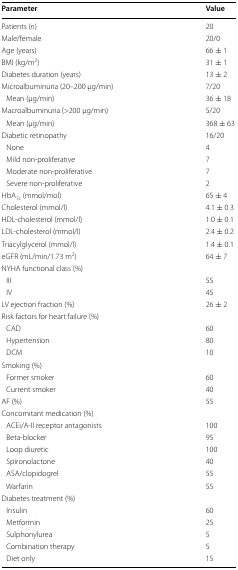
<table><thead><tr><td><b>Parameter</b></td><td><b>Value</b></td></tr></thead><tbody><tr><td>Patients (<i>n</i>)</td><td>20</td></tr><tr><td>Male/female</td><td>20/0</td></tr><tr><td>Age (years)</td><td>66 ± 1</td></tr><tr><td>BMI (kg/m<sup>2</sup>)</td><td>31 ± 1</td></tr><tr><td>Diabetes duration (years)</td><td>13 ± 2</td></tr><tr><td>Microalbuminuria (20–200 μg/min)</td><td>7/20</td></tr><tr><td> Mean (μg/min)</td><td>36 ± 18</td></tr><tr><td>Macroalbuminuria (&gt;200 μg/min)</td><td>5/20</td></tr><tr><td> Mean (μg/min)</td><td>368 ± 63</td></tr><tr><td>Diabetic retinopathy</td><td>16/20</td></tr><tr><td> None</td><td>4</td></tr><tr><td> Mild non-proliferative</td><td>7</td></tr><tr><td> Moderate non-proliferative</td><td>7</td></tr><tr><td> Severe non-proliferative</td><td>2</td></tr><tr><td>HbA<sub>1c</sub> (mmol/mol)</td><td>65 ± 4</td></tr><tr><td>Cholesterol (mmol/l)</td><td>4.1 ± 0.3</td></tr><tr><td>HDL-cholesterol (mmol/l)</td><td>1.0 ± 0.1</td></tr><tr><td>LDL-cholesterol (mmol/l)</td><td>2.4 ± 0.2</td></tr><tr><td>Triacylglycerol (mmol/l)</td><td>1.4 ± 0.1</td></tr><tr><td>eGFR (mL/min/1.73 m<sup>2</sup>)</td><td>64 ± 7</td></tr><tr><td colspan="2">NYHA functional class (%)</td></tr><tr><td> III</td><td>55</td></tr><tr><td> IV</td><td>45</td></tr><tr><td>LV ejection fraction (%)</td><td>26 ± 2</td></tr><tr><td colspan="2">Risk factors for heart failure (%)</td></tr><tr><td> CAD</td><td>60</td></tr><tr><td> Hypertension</td><td>80</td></tr><tr><td> DCM</td><td>10</td></tr><tr><td colspan="2">Smoking (%)</td></tr><tr><td> Former smoker</td><td>60</td></tr><tr><td> Current smoker</td><td>40</td></tr><tr><td>AF (%)</td><td>55</td></tr><tr><td colspan="2">Concomitant medication (%)</td></tr><tr><td> ACEi/A-II receptor antagonists</td><td>100</td></tr><tr><td> Beta-blocker</td><td>95</td></tr><tr><td> Loop diuretic</td><td>100</td></tr><tr><td> Spironolactone</td><td>40</td></tr><tr><td> ASA/clopidogrel</td><td>55</td></tr><tr><td> Warfarin</td><td>55</td></tr><tr><td colspan="2">Diabetes treatment (%)</td></tr><tr><td> Insulin</td><td>60</td></tr><tr><td> Metformin</td><td>25</td></tr><tr><td> Sulphonylurea</td><td>5</td></tr><tr><td> Combination therapy</td><td>5</td></tr><tr><td> Diet only</td><td>15</td></tr></tbody></table>